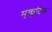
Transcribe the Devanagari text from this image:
मृच्छ्कटिक